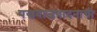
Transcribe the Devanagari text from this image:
पखवाजवादनाची